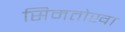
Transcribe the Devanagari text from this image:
सिमतोखा